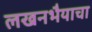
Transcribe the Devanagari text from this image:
लखनभैयाचा